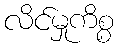
လိင်မှုကိစ္စ